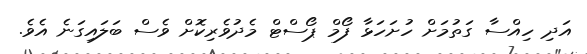
އަދި ހިއްސާ ގަތުމަށް ހުށަހަޅާ ފޯމް ޕޯސްޓް މެދުވެރިކޮށް ވެސް ބަލައިގަނެ އެވެ.